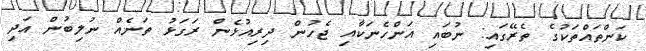
ކަންތައްތަކުގެ ތެރޭގައި: ނުބައި އަންހެނަކާއި ޖެހުން ދިރިއުޅެން ރަގަޅު ތަނެއް ނުލިބުން އަދި